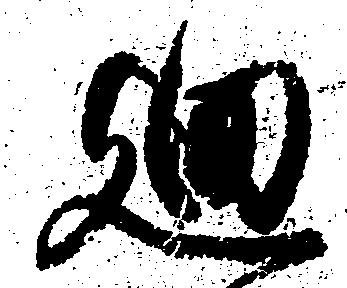
廻